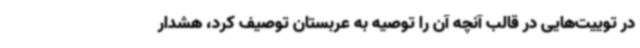
در توییت‌هایی در قالب آنچه آن را توصیه به عربستان توصیف کرد، هشدار